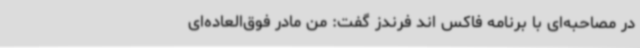
در مصاحبه‌ای با برنامه فاکس اند فرندز گفت: من مادر فوق‌العاده‌ای